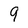
Character: 9